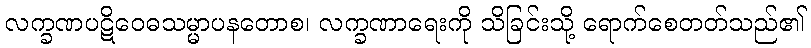
လက္ခဏပဋိဝေဓသမ္မာပနတောစ၊ လက္ခဏာရေးကို သိခြင်းသို့ ရောက်စေတတ်သည်၏